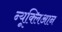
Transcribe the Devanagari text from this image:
न्यूक्लिआन